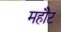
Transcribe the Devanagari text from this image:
महौट